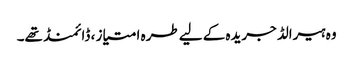
وہ ہیرالڈ جریدہ کے لیے طرہ امتیاز ، ڈائمنڈ تھے۔